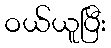
ဝယ်ယူပြီး